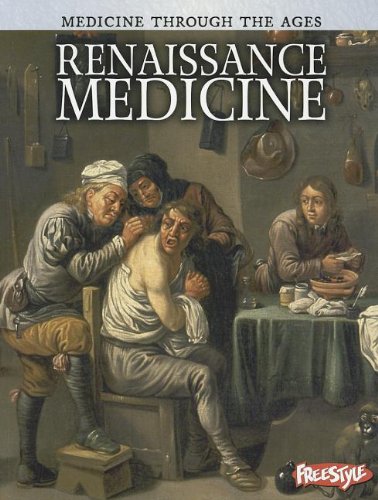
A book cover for Renaissance Medicine (Medicine Through the Ages); Nicola Barber; Children's Books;